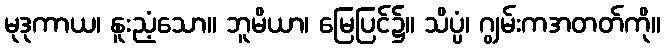
မုဒုကာယ၊ နူးညံ့သော။ ဘူမိယာ၊ မြေပြင်၌။ သိပ္ပံ၊ ဂျွမ်းကအတတ်ကို။